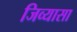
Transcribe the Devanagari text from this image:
जिव्यासा